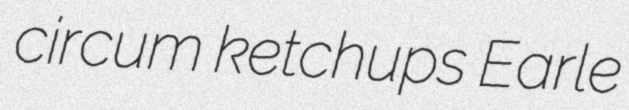
circum ketchups Earle